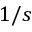
1 / s